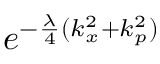
e ^ { - \frac { \lambda } { 4 } ( k _ { x } ^ { 2 } + k _ { p } ^ { 2 } ) }